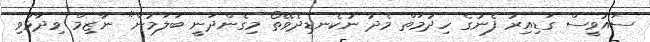
ސައުވީސް ގަޑިއިރު ފެނުގެ ހިދުމަތް މެދު ނުކެނޑިދެވޭތޯ މިގެންދަނީ ބަލަމުން" ނާޒިމް ވިދާޅުވި